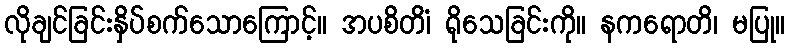
လိုချင်ခြင်းနှိပ်စက်သောကြောင့်။ အပစိတိံ၊ ရိုသေခြင်းကို။ နကရောတိ၊ မပြု။